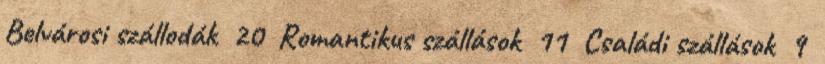
Belvárosi szállodák 20 Romantikus szállások 11 Családi szállások 9